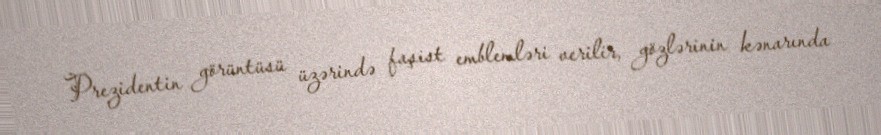
Prezidentin görüntüsü üzərində faşist emblemləri verilir, gözlərinin kənarında